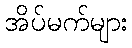
အိပ်မက်များ